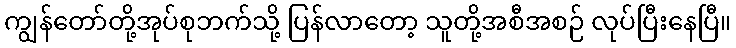
ကျွန်တော်တို့အုပ်စုဘက်သို့ ပြန်လာတော့ သူတို့အစီအစဉ် လုပ်ပြီးနေပြီ။